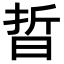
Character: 晢